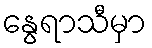
နွေရာသီမှာ